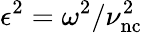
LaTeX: \epsilon^{2}=\omega^{2}/\nu_{\mathrm{nc}}^{2}